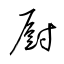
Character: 厨